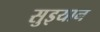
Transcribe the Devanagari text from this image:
सुइयान